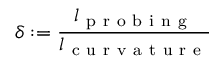
\delta : = \frac { l _ { \mathrm { ~ p ~ r ~ o ~ b ~ i ~ n ~ g ~ } } } { l _ { \mathrm { ~ c ~ u ~ r ~ v ~ a ~ t ~ u ~ r ~ e ~ } } }